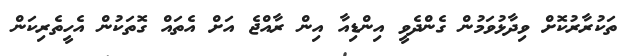
ތަކުރާރުކޮށް ވިދާޅުވަމުން ގެންދެވީ އިންޑިއާ އިން ރާއްޖެ އަށް އެތައް ގޮތަކުން އެހީތެރިކަން